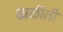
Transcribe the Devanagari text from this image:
ढाळीती